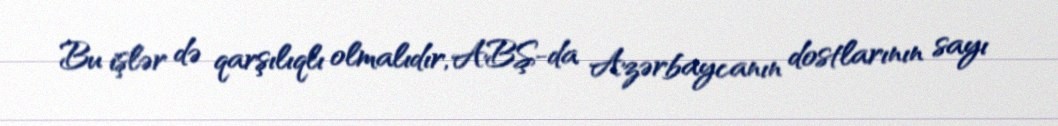
Bu işlər də qarşılıqlı olmalıdır, ABŞ-da Azərbaycanın dostlarının sayı